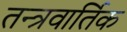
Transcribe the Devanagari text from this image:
तन्त्रवार्तिक